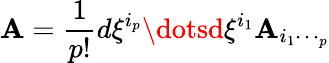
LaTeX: \mathbf{A}={\frac{{1}}{{p!}}}d\xi^{i_{p}}\dotsd\xi^{i_{1}}\mathbf{A}_{i_{1}\dotsi_{p}}